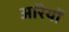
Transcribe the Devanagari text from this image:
अरियों